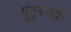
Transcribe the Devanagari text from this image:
गुंटुरच्या